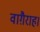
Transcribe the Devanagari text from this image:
वाग़ैराह।